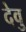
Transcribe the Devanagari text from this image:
देवु